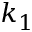
k _ { 1 }